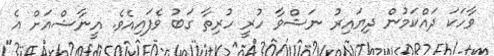
ވާހަކަ ދައްކަމުން ދިޔައިރު ނަޝްވާ ހުރީ ހުރިތާ ގަބު ވެފައިއެވެ. އީނާޝްއަށް އެ